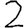
Digit: 2